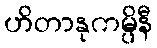
ဟိတာနုကမ္ပိနီ